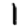
Digit: 1